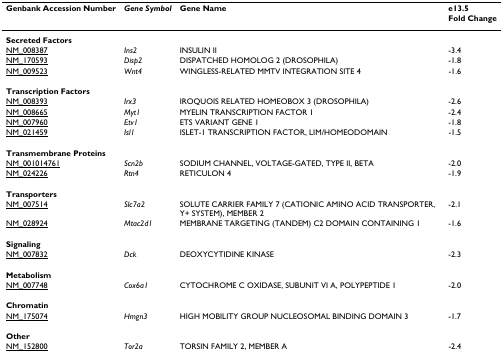
<table><thead><tr><td><b>Genbank Accession Number</b></td><td><b><i>Gene Symbol</i></b></td><td><b>Gene Name</b></td><td><b>e13.5Fold Change</b></td></tr></thead><tbody><tr><td><b>Secreted Factors</b></td><td></td><td></td><td></td></tr><tr><td>NM_008387</td><td><i>Ins2</i></td><td>INSULIN II</td><td>-3.4</td></tr><tr><td>NM_170593</td><td><i>Disp2</i></td><td>DISPATCHED HOMOLOG 2 (DROSOPHILA)</td><td>-1.8</td></tr><tr><td>NM_009523</td><td><i>Wnt4</i></td><td>WINGLESS-RELATED MMTV INTEGRATION SITE 4</td><td>-1.6</td></tr><tr><td><b>Transcription Factors</b></td><td></td><td></td><td></td></tr><tr><td>NM_008393</td><td><i>Irx3</i></td><td>IROQUOIS RELATED HOMEOBOX 3 (DROSOPHILA)</td><td>-2.6</td></tr><tr><td>NM_008665</td><td><i>Myt1</i></td><td>MYELIN TRANSCRIPTION FACTOR 1</td><td>-2.4</td></tr><tr><td>NM_007960</td><td><i>Etv1</i></td><td>ETS VARIANT GENE 1</td><td>-1.8</td></tr><tr><td>NM_021459</td><td><i>Isl1</i></td><td>ISLET-1 TRANSCRIPTION FACTOR, LIM/HOMEODOMAIN</td><td>-1.5</td></tr><tr><td><b>Transmembrane Proteins</b></td><td></td><td></td><td></td></tr><tr><td>NM_001014761</td><td><i>Scn2b</i></td><td>SODIUM CHANNEL, VOLTAGE-GATED, TYPE II, BETA</td><td>-2.0</td></tr><tr><td>NM_024226</td><td><i>Rtn4</i></td><td>RETICULON 4</td><td>-1.9</td></tr><tr><td><b>Transporters</b></td><td></td><td></td><td></td></tr><tr><td>NM_007514</td><td><i>Slc7a2</i></td><td>SOLUTE CARRIER FAMILY 7 (CATIONIC AMINO ACID TRANSPORTER, Y+ SYSTEM), MEMBER 2</td><td>-2.1</td></tr><tr><td>NM_028924</td><td><i>Mtac2d1</i></td><td>MEMBRANE TARGETING (TANDEM) C2 DOMAIN CONTAINING 1</td><td>-1.6</td></tr><tr><td><b>Signaling</b></td><td></td><td></td><td></td></tr><tr><td>NM_007832</td><td><i>Dck</i></td><td>DEOXYCYTIDINE KINASE</td><td>-2.3</td></tr><tr><td><b>Metabolism</b></td><td></td><td></td><td></td></tr><tr><td>NM_007748</td><td><i>Cox6a1</i></td><td>CYTOCHROME C OXIDASE, SUBUNIT VI A, POLYPEPTIDE 1</td><td>-2.0</td></tr><tr><td><b>Chromatin</b></td><td></td><td></td><td></td></tr><tr><td>NM_175074</td><td><i>Hmgn3</i></td><td>HIGH MOBILITY GROUP NUCLEOSOMAL BINDING DOMAIN 3</td><td>-1.7</td></tr><tr><td><b>Other</b></td><td></td><td></td><td></td></tr><tr><td>NM_152800</td><td><i>Tor2a</i></td><td>TORSIN FAMILY 2, MEMBER A</td><td>-2.4</td></tr></tbody></table>